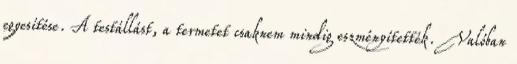
egyesítése. A testállást, a termetet csaknem mindig eszményítették. Valóban